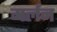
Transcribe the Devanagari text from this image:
मर्लन